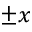
\pm x